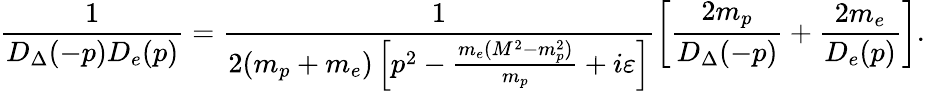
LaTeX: \frac{1}{D_{\Delta}(-p)D_{e}(p)}=\frac{1}{2(m_{p}+m_{e})\left[p^{2}-\frac{m_{e}(M^{2}-m_{p}^{2})}{m_{p}}+i\varepsilon\right]}\left[\frac{2m_{p}}{D_{\Delta}(-p)}+\frac{2m_{e}}{D_{e}(p)}\right].